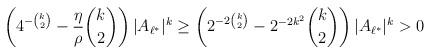
LaTeX: \begin{align*} \left(4^{-\binom k2}-\frac \eta \rho \binom k2\right)|A_{\ell^*}|^k \geq \left(2^{-2\binom k2}-2^{-2k^2}\binom k2\right)|A_{\ell^*}|^k >0\end{align*}